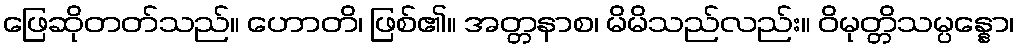
ဖြေဆိုတတ်သည်။ ဟောတိ၊ ဖြစ်၏။ အတ္တနာစ၊ မိမိသည်လည်း။ ဝိမုတ္တိသမ္ပန္နော၊